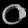
Digit: ၀